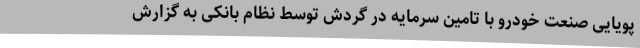
پویایی صنعت خودرو با تامین سرمایه در گردش توسط نظام بانکی به گزارش